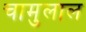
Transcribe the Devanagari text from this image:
चामुलाल